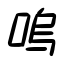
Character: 嗚